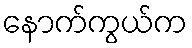
နောက်ကွယ်က